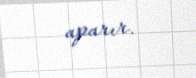
aparır.